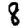
Digit: 8